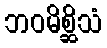
ဘဝမိစ္ဆိသံ